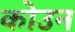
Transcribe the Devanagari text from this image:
कोउन